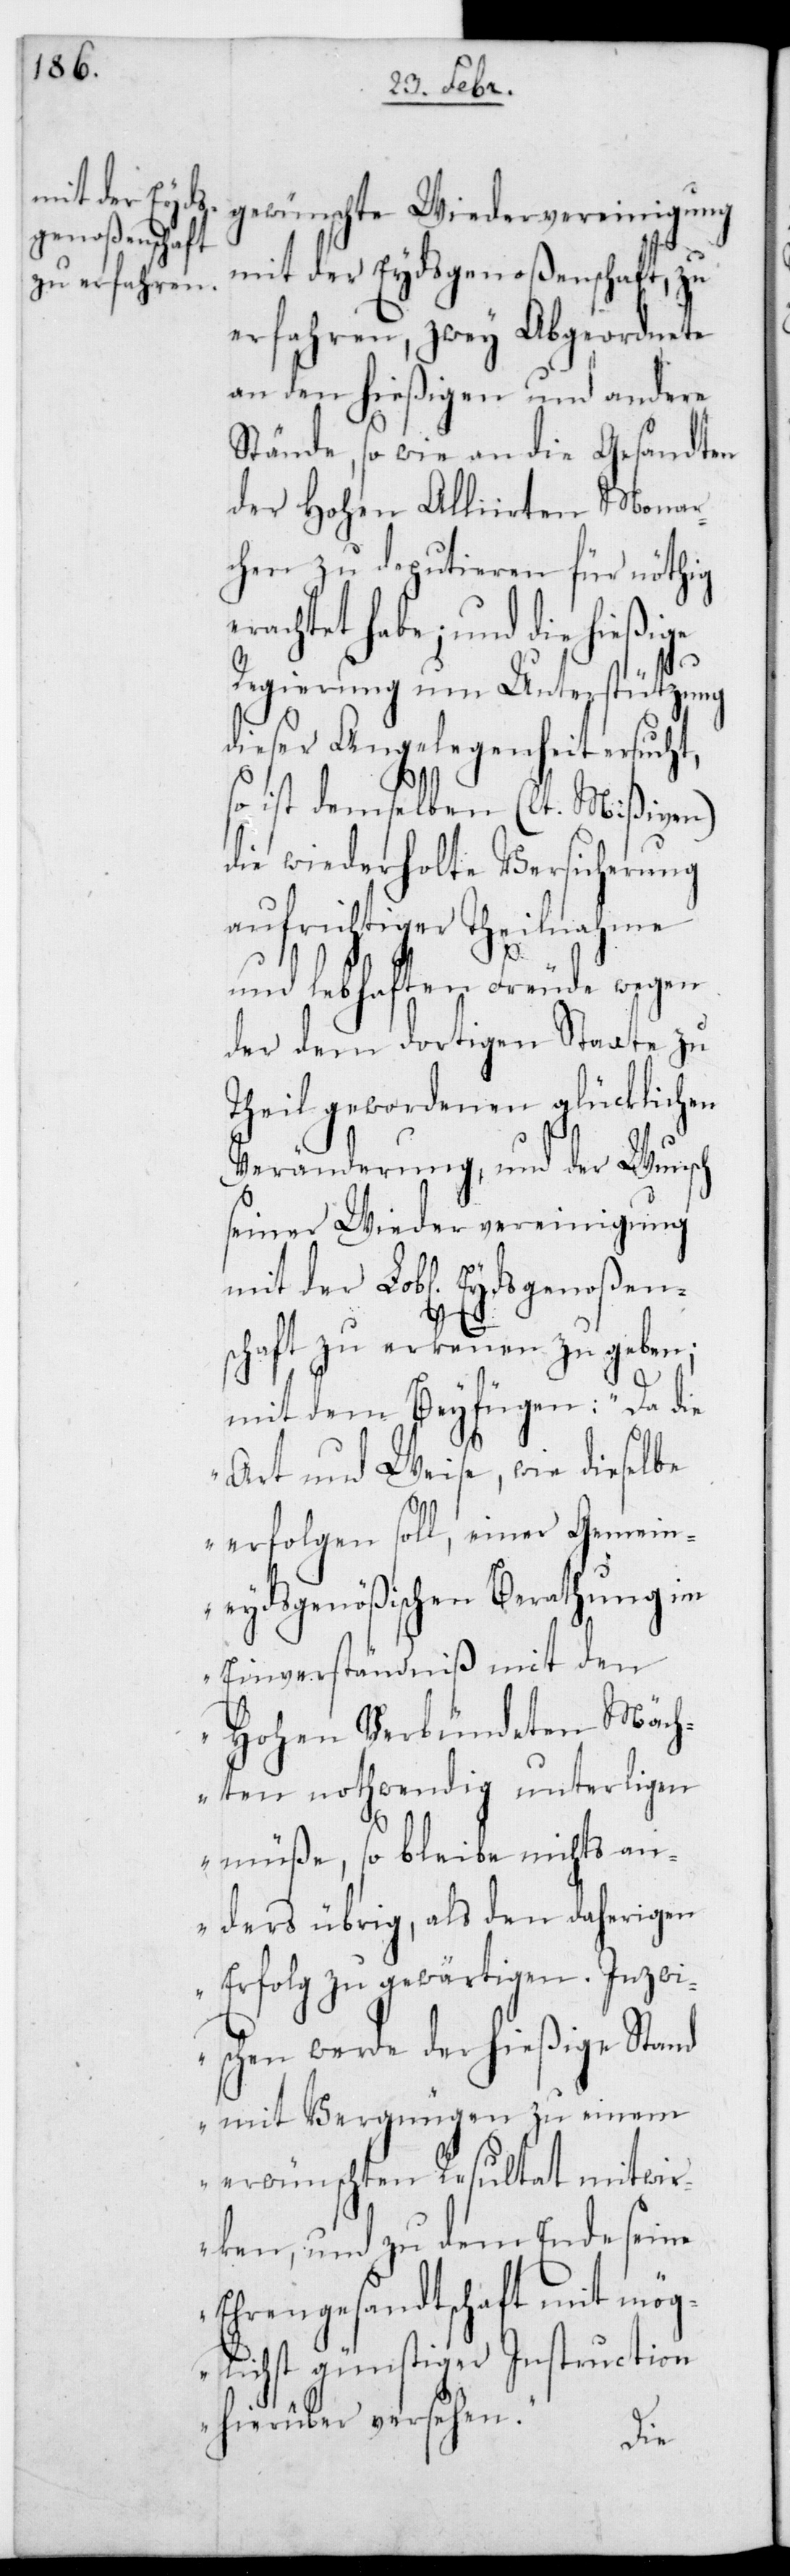
gewünschte Wiedervereinigung
mit der Eydsgenoßenschaft zu
erfahren, zwey Abgeordnete
an den hießigen und andere
Stände, so wie an die Gesandten
der Hohen Alliierten Monar¬
chen zu deputieren für nöthig
erachtet habe; und die hießige
Regierung um Unterstützung
dieser Angelegenheit ersucht,
so ist demselben (lt. Mißiven)
die wiederholte Versicherung
aufrichtiger Theilnahme
und lebhaften Freude wegen
der dem dortigen Staate zu
Theil gewordenen glücklichen
Veränderung, und der Wunsch
seiner Wiedervereinigung
mit der L. Eydsgenoßen¬
schaft zu erkennen zu geben;
mit dem Beyfügen: „Da die
Art und Weise, wie dieselbe
erfolgen soll, einer Gemein¬
eydsgenößischen Berathung im
Einverständniß mit den
Hohen verbündeten Mäch¬
ten nothwendig unterliegen
müße, so bleibe nichts an¬
ders übrig, als den daherigen
Erfolg zu gewärtigen. Inzwi¬
schen werde der hießige Stand
mit Vergnügen zu einem
erwünschten Resultat mitwir¬
ken, und zu dem Ende seine
Ehrengesandtschaft mit mög¬
lichst günstiger Instruction
hierüber versehen“.
die